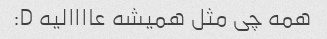
همه چی مثل همیشه عاااالیه D: